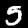
Label: 5